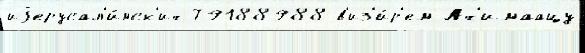
иjерусал'и́мск'их 79188988 в'из'и́р'ем Ах'имаацу